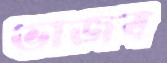
ভাজব